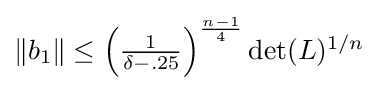
{\textstyle \|b_{1}\|\leq \left({\frac {1}{\delta -.25}}\right)^{\frac {n-1}{4}}\det(L)^{1/n}}